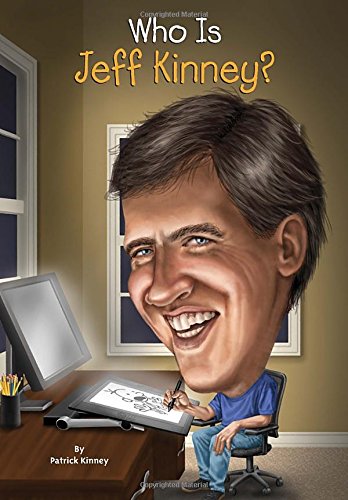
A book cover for Who Is Jeff Kinney? (Who Was...?); Patrick Kinney; Children's Books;